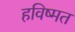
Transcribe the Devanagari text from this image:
हविष्मत